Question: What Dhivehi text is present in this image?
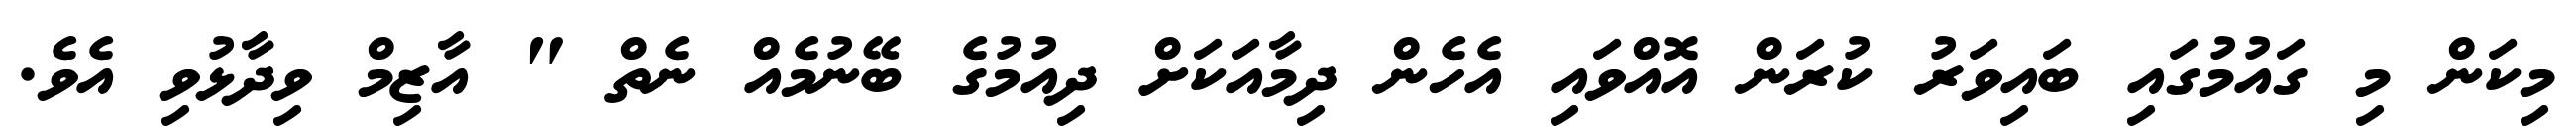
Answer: މިކަން މި ގައުމުގައި ބައިވަރު ކުރަން އޮއްވައި އެހެން ދިމާއަކަށް ދިއުމުގެ ބޭނުމެއް ނެތް " އާޒިމް ވިދާޅުވި އެވެ.